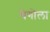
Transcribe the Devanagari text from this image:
येगोला